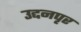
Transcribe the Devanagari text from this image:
उद्दनपृर